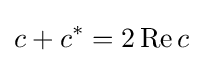
c+c^{*}=2\operatorname {Re} {c}